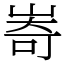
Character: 㟢